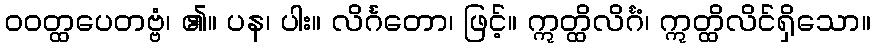
ဝဝတ္ထပေတဗ္ဗံ၊ ၏။ ပန၊ ပါး။ လိင်္ဂတော၊ ဖြင့်။ ဣတ္ထိလိင်္ဂံ၊ ဣတ္ထိလိင်ရှိသော။